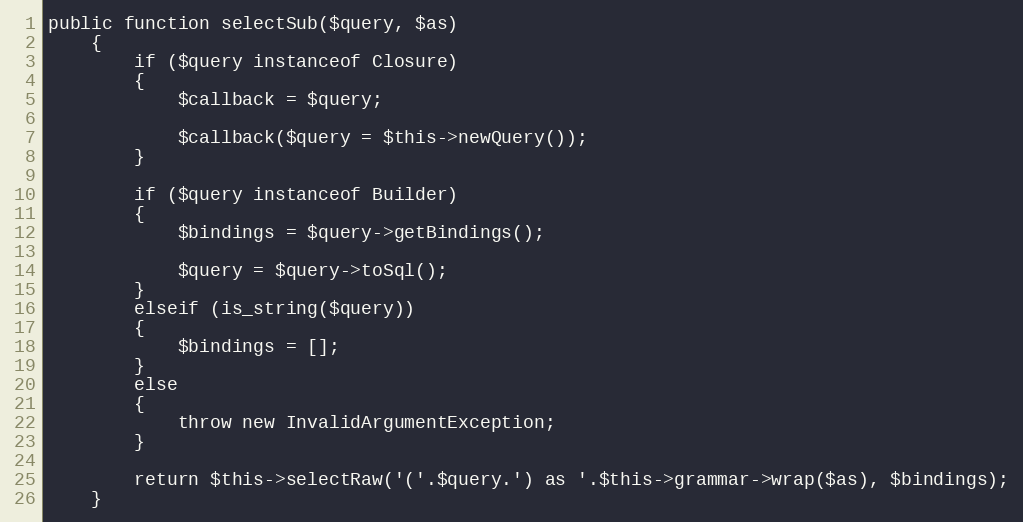
Language: PHP
public function selectSub($query, $as)
	{
		if ($query instanceof Closure)
		{
			$callback = $query;

			$callback($query = $this->newQuery());
		}

		if ($query instanceof Builder)
		{
			$bindings = $query->getBindings();

			$query = $query->toSql();
		}
		elseif (is_string($query))
		{
			$bindings = [];
		}
		else
		{
			throw new InvalidArgumentException;
		}

		return $this->selectRaw('('.$query.') as '.$this->grammar->wrap($as), $bindings);
	}